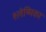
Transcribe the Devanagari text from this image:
श्‍लेष्मिका